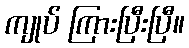
ကျုပ် ကြားပြီးပြီ။